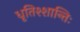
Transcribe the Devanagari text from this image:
धृतिश्शान्तिः